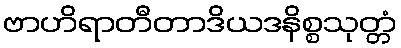
ဗာဟိရာတီတာဒိယဒနိစ္စသုတ္တံ